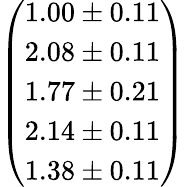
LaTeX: \left(\begin{array}{l}{1.00\pm 0.11}\\ {2.08\pm 0.11}\\ {1.77\pm 0.21}\\ {2.14\pm 0.11}\\ {1.38\pm 0.11}\end{array}\right)